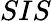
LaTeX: SIS